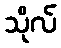
သိုလ်